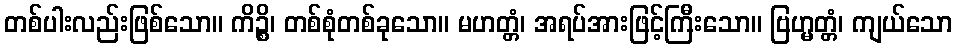
တစ်ပါးလည်းဖြစ်သော။ ကိဉ္စိ၊ တစ်စုံတစ်ခုသော။ မဟတ္တံ၊ အရပ်အားဖြင့်ကြီးသော။ ဗြဟ္မတ္တံ၊ ကျယ်သော